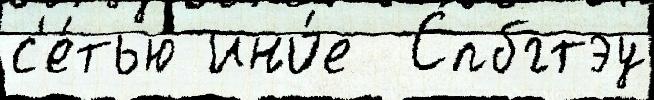
с'е́тью ино́е  Спбгтэу